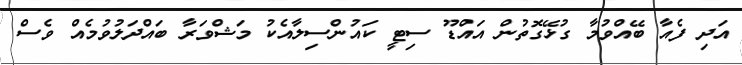
އަދި ފެއާ ބޭއްވުމާ ގުޅޭގޮތުން އައްޑޫ ސިޓީ ކައުންސިލާއެކު މަޝްވަރާ ބައްދަލުވުމެއް ވެސް